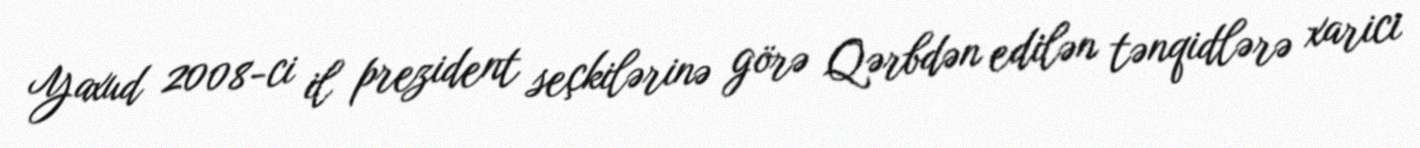
Yaxud 2008-ci il prezident seçkilərinə görə Qərbdən edilən tənqidlərə xarici